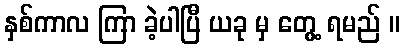
နှစ်ကာလ ကြာ ခဲ့ပါပြီ ယခု မှ တွေ့ ရမည် ။